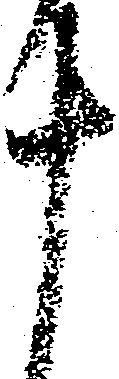
十